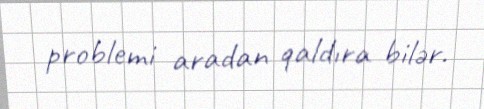
problemi aradan qaldıra bilər.